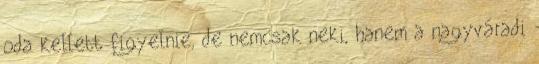
oda kellett figyelnie, de nemcsak neki, hanem a nagyváradi